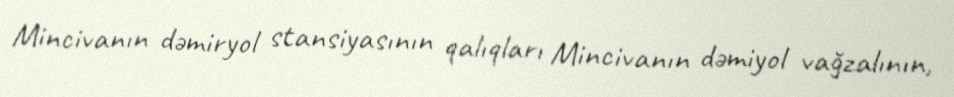
Mincivanın dəmiryol stansiyasının qalıqları Mincivanın dəmiyol vağzalının,